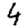
Digit: 4